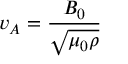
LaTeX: v _ { A } = { \frac { B _ { 0 } } { \sqrt { \mu _ { 0 } \rho } } }